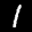
Label: 1